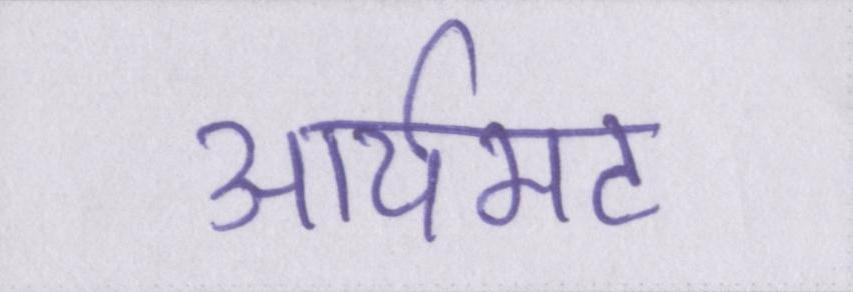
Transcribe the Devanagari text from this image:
आर्यभट